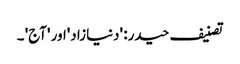
تصنیف حیدر: 'دنیازاد'اور 'آج' ۔